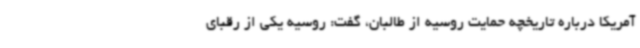
آمریکا درباره تاریخچه حمایت روسیه از طالبان، گفت: روسیه یکی از رقبای